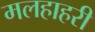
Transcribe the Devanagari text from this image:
मलहाहरी